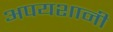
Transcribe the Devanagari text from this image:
अपयशानी